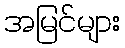
အမြင်များ